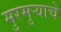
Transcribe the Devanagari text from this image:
मुरमुऱ्याचे